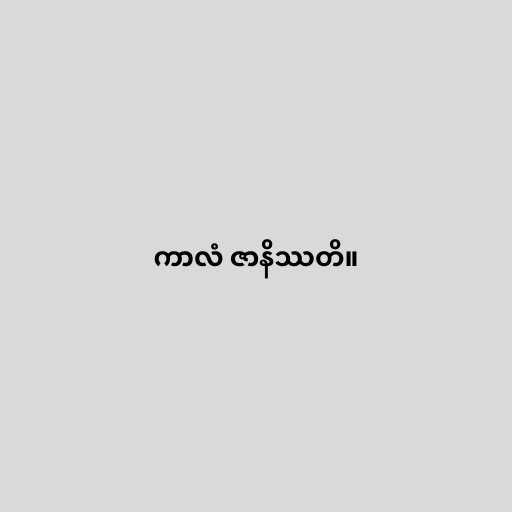
ကာလံ ဇာနိဿတိ။